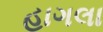
હાગલા